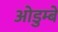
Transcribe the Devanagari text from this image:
ओडुम्बे